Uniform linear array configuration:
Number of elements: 32
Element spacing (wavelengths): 0.25
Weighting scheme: uniform
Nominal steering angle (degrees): -30
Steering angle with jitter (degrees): -28.443
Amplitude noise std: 0.05
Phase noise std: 0.05

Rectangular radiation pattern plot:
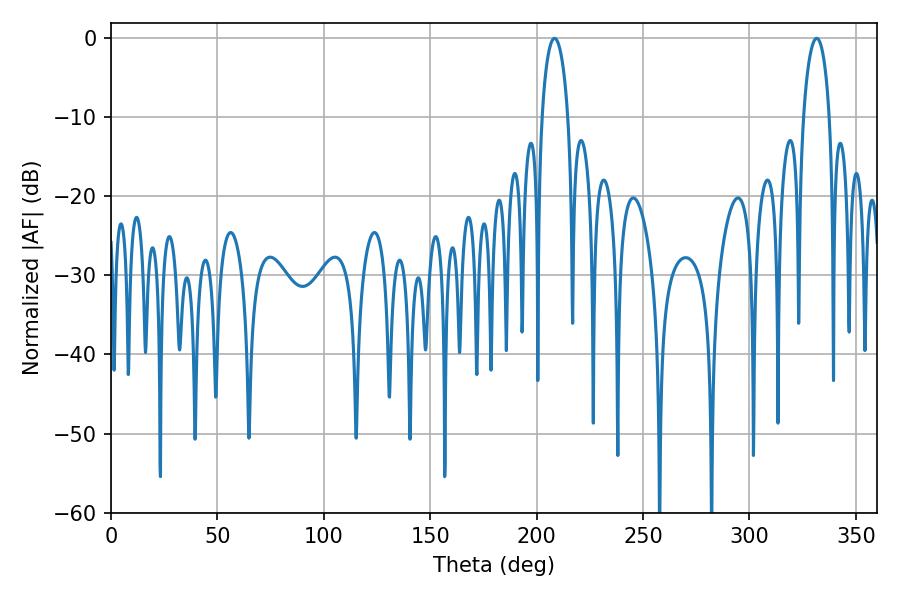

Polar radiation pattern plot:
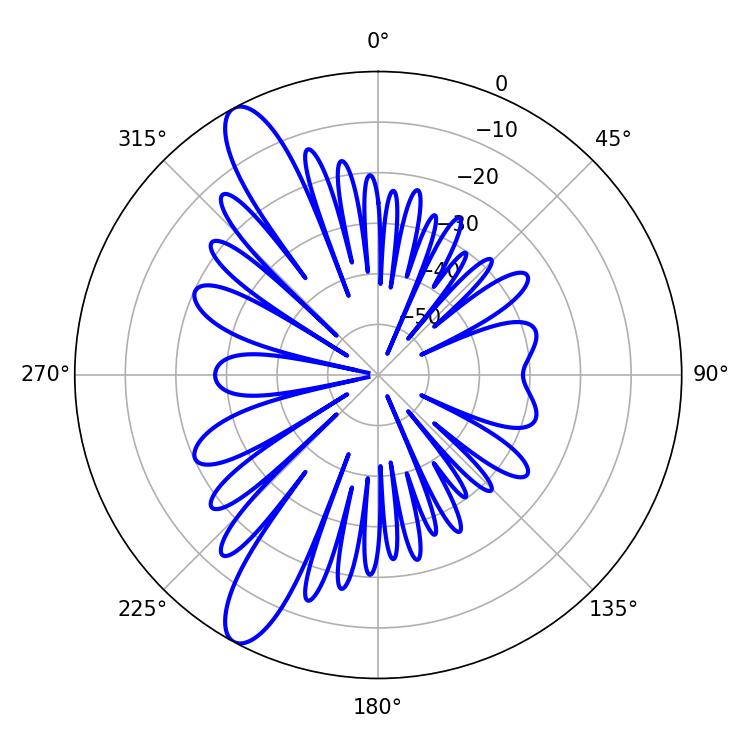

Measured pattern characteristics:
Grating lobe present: FALSE
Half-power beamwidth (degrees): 7.02
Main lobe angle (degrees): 331.56